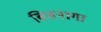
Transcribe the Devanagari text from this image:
बिसनागा